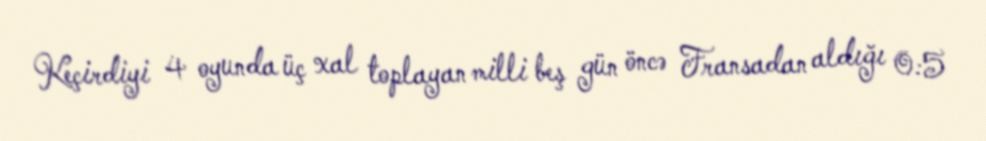
Keçirdiyi 4 oyunda üç xal toplayan milli beş gün öncə Fransadan aldığı 0:5